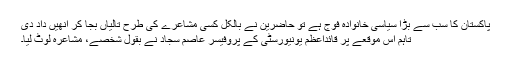
پاکستان کا سب سے بڑا سیاسی خانوادہ فوج ہے تو حاضرین نے بالکل کسی مشاعرے کی طرح تالیاں بجا کر انھیں داد دی
تاہم اس موقعے پر قائداعظم یونیورسٹی کے پروفیسر عاصم سجاد نے بقولِ شخصے، مشاعرہ لوٹ لیا۔